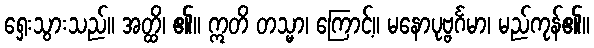
ရှေးသွားသည်။ အတ္ထိ၊ ၏။ ဣတိ တသ္မာ၊ ကြောင့်။ မနောပုဗ္ဗင်္ဂမာ၊ မည်ကုန်၏။